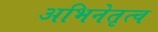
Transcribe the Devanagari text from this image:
अभिनेतृत्व